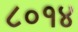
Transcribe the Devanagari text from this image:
८०१४